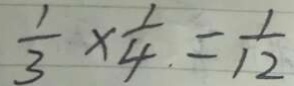
\frac { 1 } { 3 } \times \frac { 1 } { 4 } = \frac { 1 } { 1 2 }